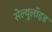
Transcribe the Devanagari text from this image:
सेल्युलॉइड